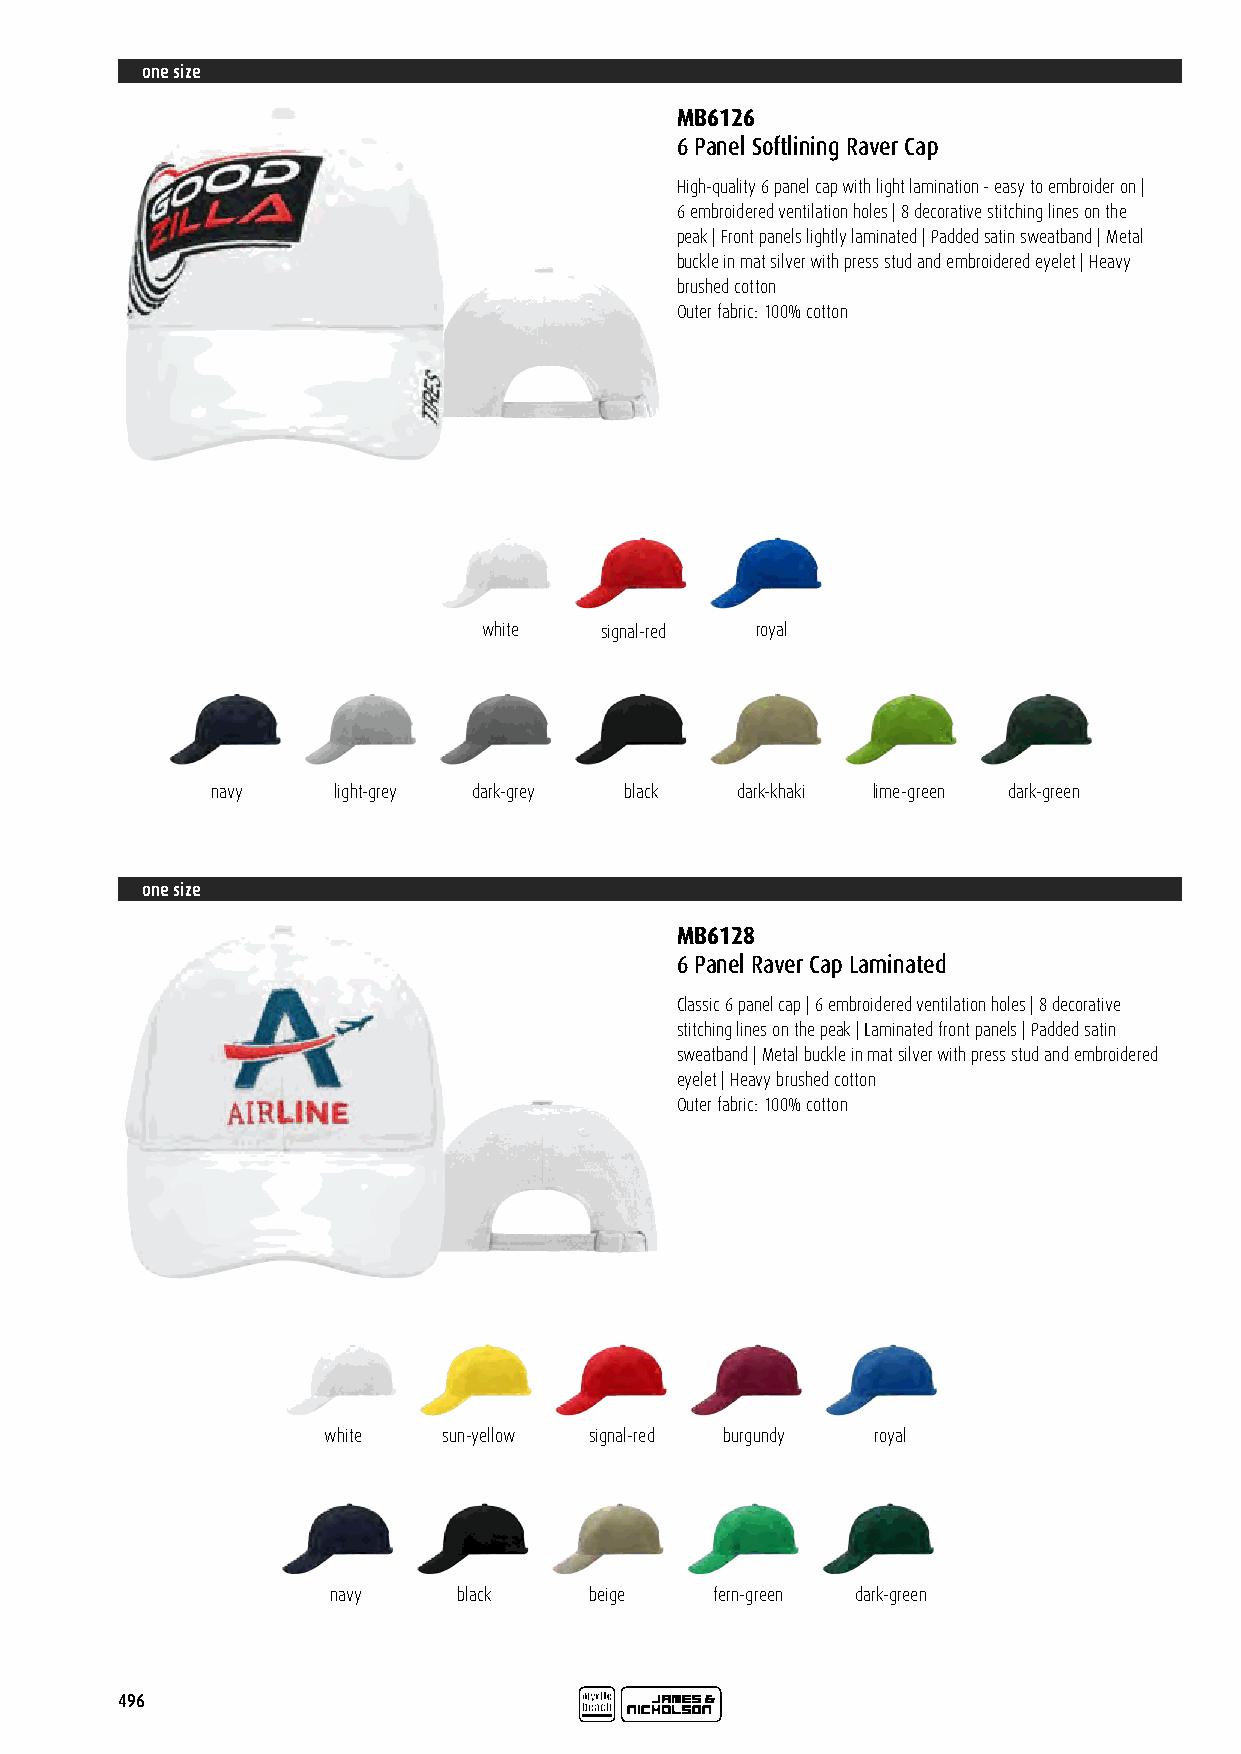
one size
 MB6126
 6 Panel Softlining Raver Cap
 High-quality 6 panel cap with light lamination - easy to embroider on |
 6 embroidered ventilation holes | 8 decorative stitching lines on the
 peak | Front panels lightly laminated | Padded satin sweatband | Metal
 buckle in mat silver with press stud and embroidered eyelet | Heavy
 brushed cotton
 Outer fabric: 100% cotton
 white   signal-red royal
 navy    light-grey dark-grey black dark-khaki lime-green dark-green
 one size
 MB6128
 6 Panel Raver Cap Laminated
 Classic 6 panel cap | 6 embroidered ventilation holes | 8 decorative
 stitching lines on the peak | Laminated front panels | Padded satin
 sweatband | Metal buckle in mat silver with press stud and embroidered
 eyelet | Heavy brushed cotton
 Outer fabric: 100% cotton
 white   sun-yellow signal-red burgundy royal
 navy    black    beige   fern-green dark-green
 496